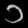
Digit: ၁